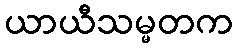
ယာယီသမ္မတက